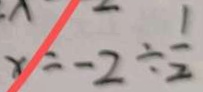
x = - 2 \div \frac { 1 } { 2 }